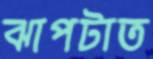
ঝাপটাত